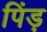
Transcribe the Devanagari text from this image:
पिंड़